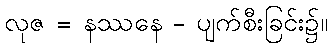
လုဇ = နဿနေ - ပျက်စီးခြင်း၌။